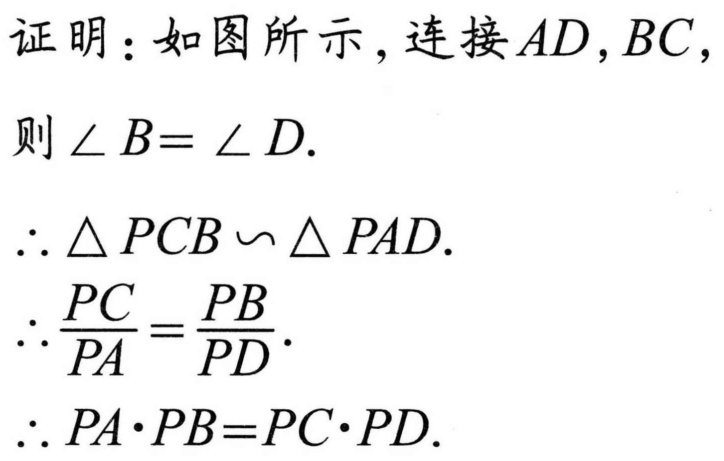
证明：如图所示，连接\(AD,BC\)，
则\(\angle B = \angle D\).
\(\therefore \triangle PCB\sim\triangle PAD\).
\(\therefore\frac{PC}{PA}=\frac{PB}{PD}\).
\(\therefore PA\cdot PB = PC\cdot PD\).